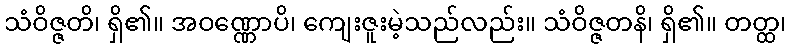
သံဝိဇ္ဇတိ၊ ရှိ၏။ အဝဏ္ဏောပိ၊ ကျေးဇူးမဲ့သည်လည်း။ သံဝိဇ္ဇတနိ၊ ရှိ၏။ တတ္ထ၊